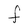
Character: F